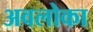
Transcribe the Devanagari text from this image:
अवलोका